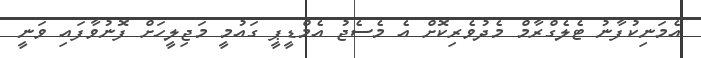
އެމަނިކުފާނު ޓެލެގްރާމް މެދުވެރިކޮށް އެ މެސެޖު އެމްޑީޕީ ގައުމީ މަޖިލީހަށް ފޮނުވާފައި ވަނީ